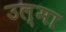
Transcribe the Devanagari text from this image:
उल्मा